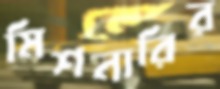
মিশনারির